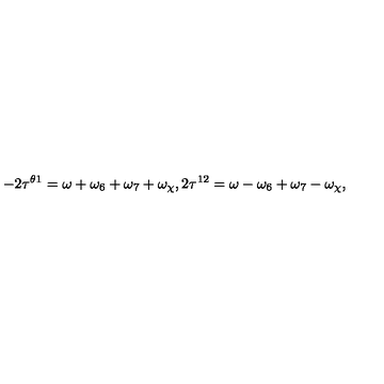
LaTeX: - 2 \tau ^ { \theta 1 } = \omega + \omega _ { 6 } + \omega _ { 7 } + \omega _ { \chi } , 2 \tau ^ { 1 2 } = \omega - \omega _ { 6 } + \omega _ { 7 } - \omega _ { \chi } ,